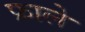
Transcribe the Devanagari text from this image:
फ्राले